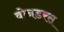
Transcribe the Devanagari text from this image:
वोनडरस